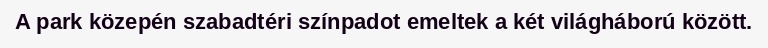
A park közepén szabadtéri színpadot emeltek a két világháború között.